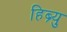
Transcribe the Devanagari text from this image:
हिब्र्यु